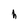
Character: h